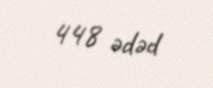
448 ədəd